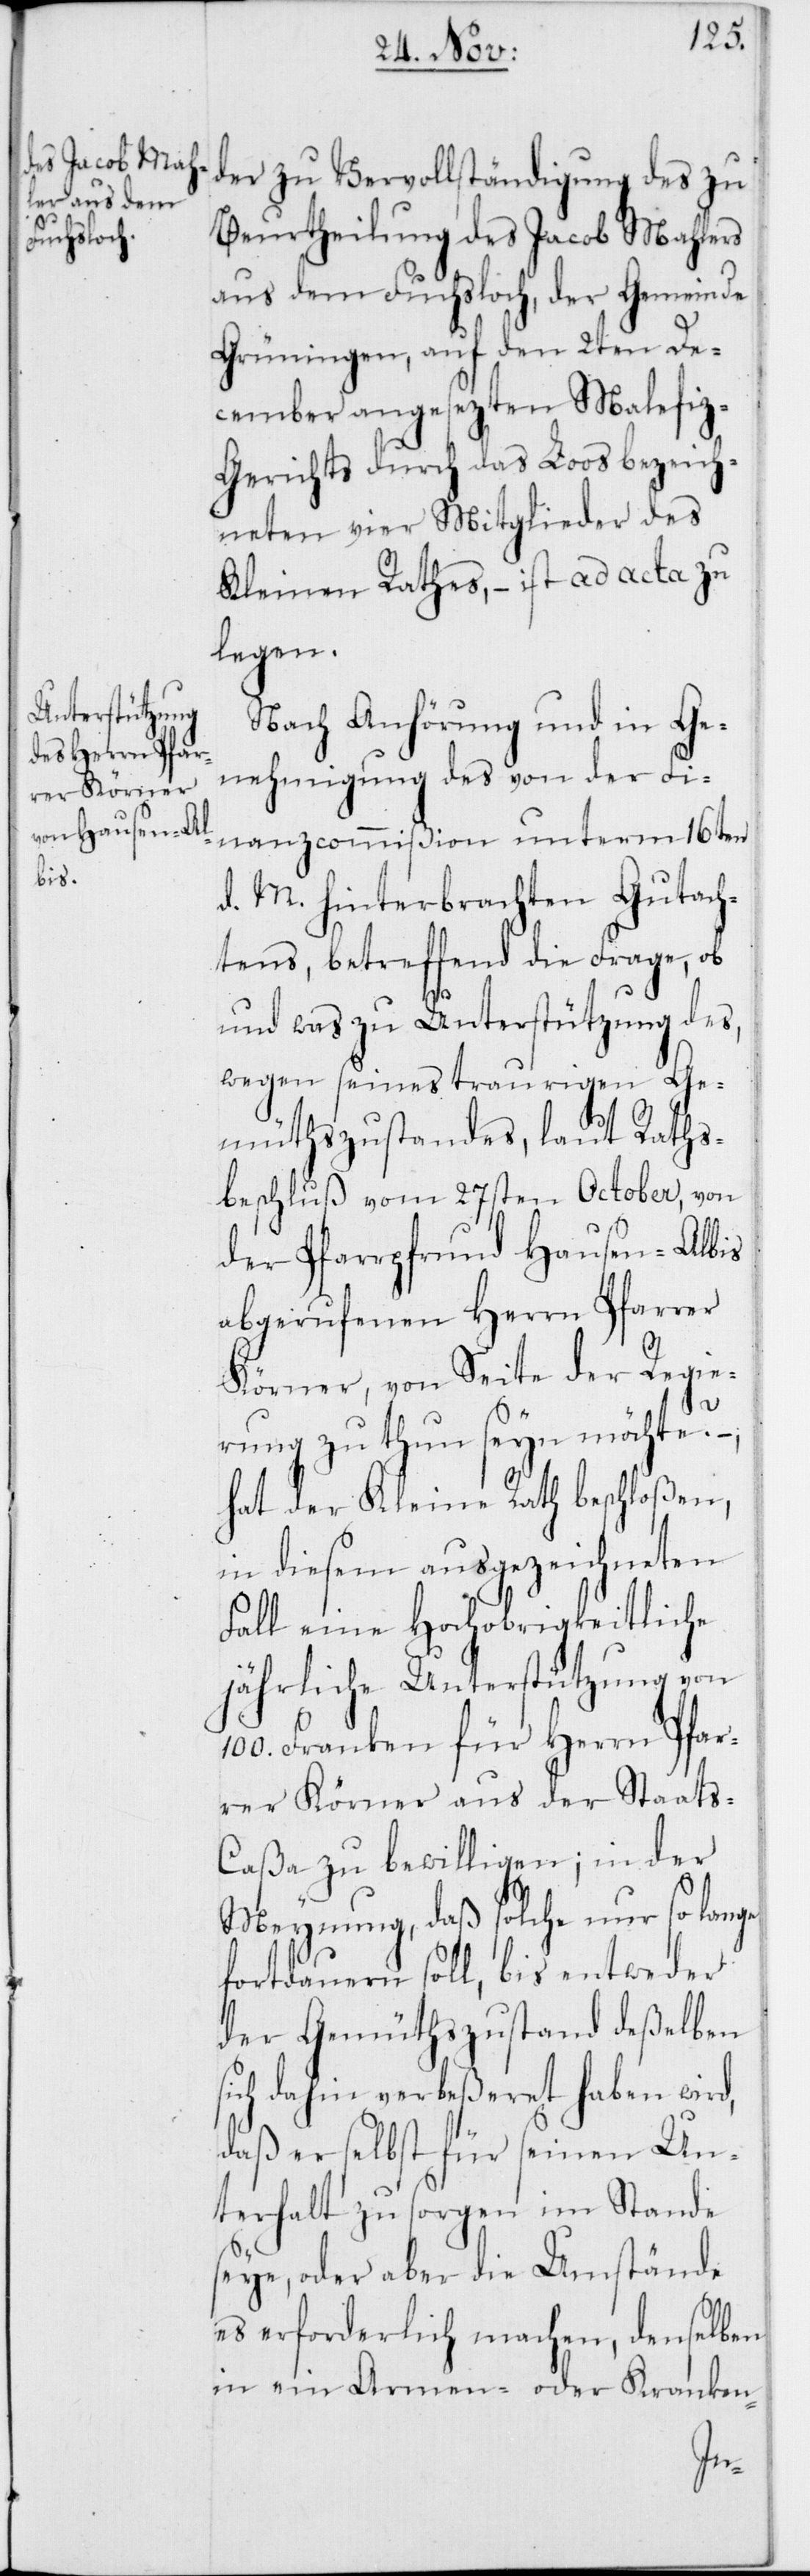
der zu Vervollständigung des zu
Beurtheilung des Jacob Mahlers
aus dem Fuchsloch, der Gemeinde
Grüningen, auf den 2ten De¬
cember angesezten Malefiz-G¬
erichts durch das Loos bezeich¬
neten vier Mitglieder des
Kleinen Rathes, – ist ad acta zu
legen.
Nach Anhörung und in Ge¬
nehmigung des von der Fi¬
nanzcommißion unterm 16ten
d. M. hinterbrachten Gutach¬
tens, betreffend die Frage, ob
und was zu Unterstützung des,
wegen seines traurigen Ge¬
müthszustandes, laut Raths¬
beschluß vom 27sten October, von
der Pfarrpfrund Hausen-Albis
abgerufenen Herrn Pfarrer
Körner, von Seite der Regie¬
rung zu thun seyn möchte? –,
hat der Kleine Rath beschloßen,
in diesem ausgezeichneten
Fall eine Hochobrigkeitliche
jährliche Unterstützung von
Franken für Herrn Pfar¬
rer Körner aus der Staats-C¬
aßa zu bewilligen; in der
Meynung, daß solche nur so lange
fortdauern soll, bis entweder
der Gemütszustand deßelben
sich dahin verbeßeret haben wird,
daß er selbst für seinen Un¬
terhalt zu sorgen im Stande
seye, oder aber die Umstände
es erforderlich machen, denselben
in ein Armen- oder Kranken-